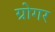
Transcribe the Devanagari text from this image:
ग्रोगर